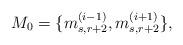
LaTeX: \begin{align*}M_0=\{m_{s, r+2}^{(i-1)}, m_{s, r+2}^{(i+1)}\},\end{align*}